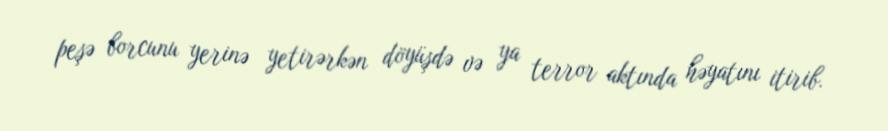
peşə borcunu yerinə yetirərkən döyüşdə və ya terror aktında həyatını itirib.